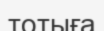
тотыға